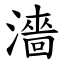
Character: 濇